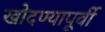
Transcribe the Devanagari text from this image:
खोदण्यापूर्वी